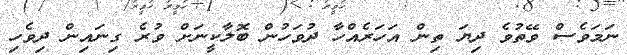
ނަމަވެސް ވޭތުވެ ދިޔަ ތިން އަހަރެއްހާ ދުވަހުން ބޮލާކީނަށް ވުރެ ގިނައިން ދިވެހި